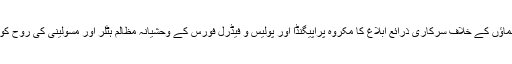
محب وطن سیاسی رہنماؤں کے خلاف سرکاری ذرائع ابلاغ کا مکروہ پراپیگنڈا اور پولیس و فیڈرل فورس کے وحشیانہ مظالم ہٹلر اور مسولینی کی روح کو بھی شرما رہے ہیں ۔